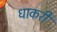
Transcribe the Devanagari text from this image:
धाकरी